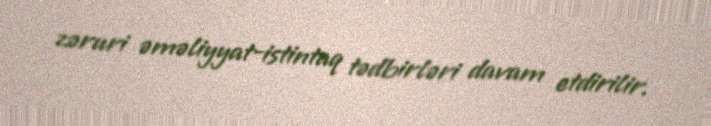
zəruri əməliyyat-istintaq tədbirləri davam etdirilir.